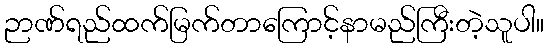
ဉာဏ်ရည်ထက်မြက်တာကြောင့်နာမည်ကြီးတဲ့သူပါ။